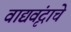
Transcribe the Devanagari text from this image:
वाद्यवृंदाचे